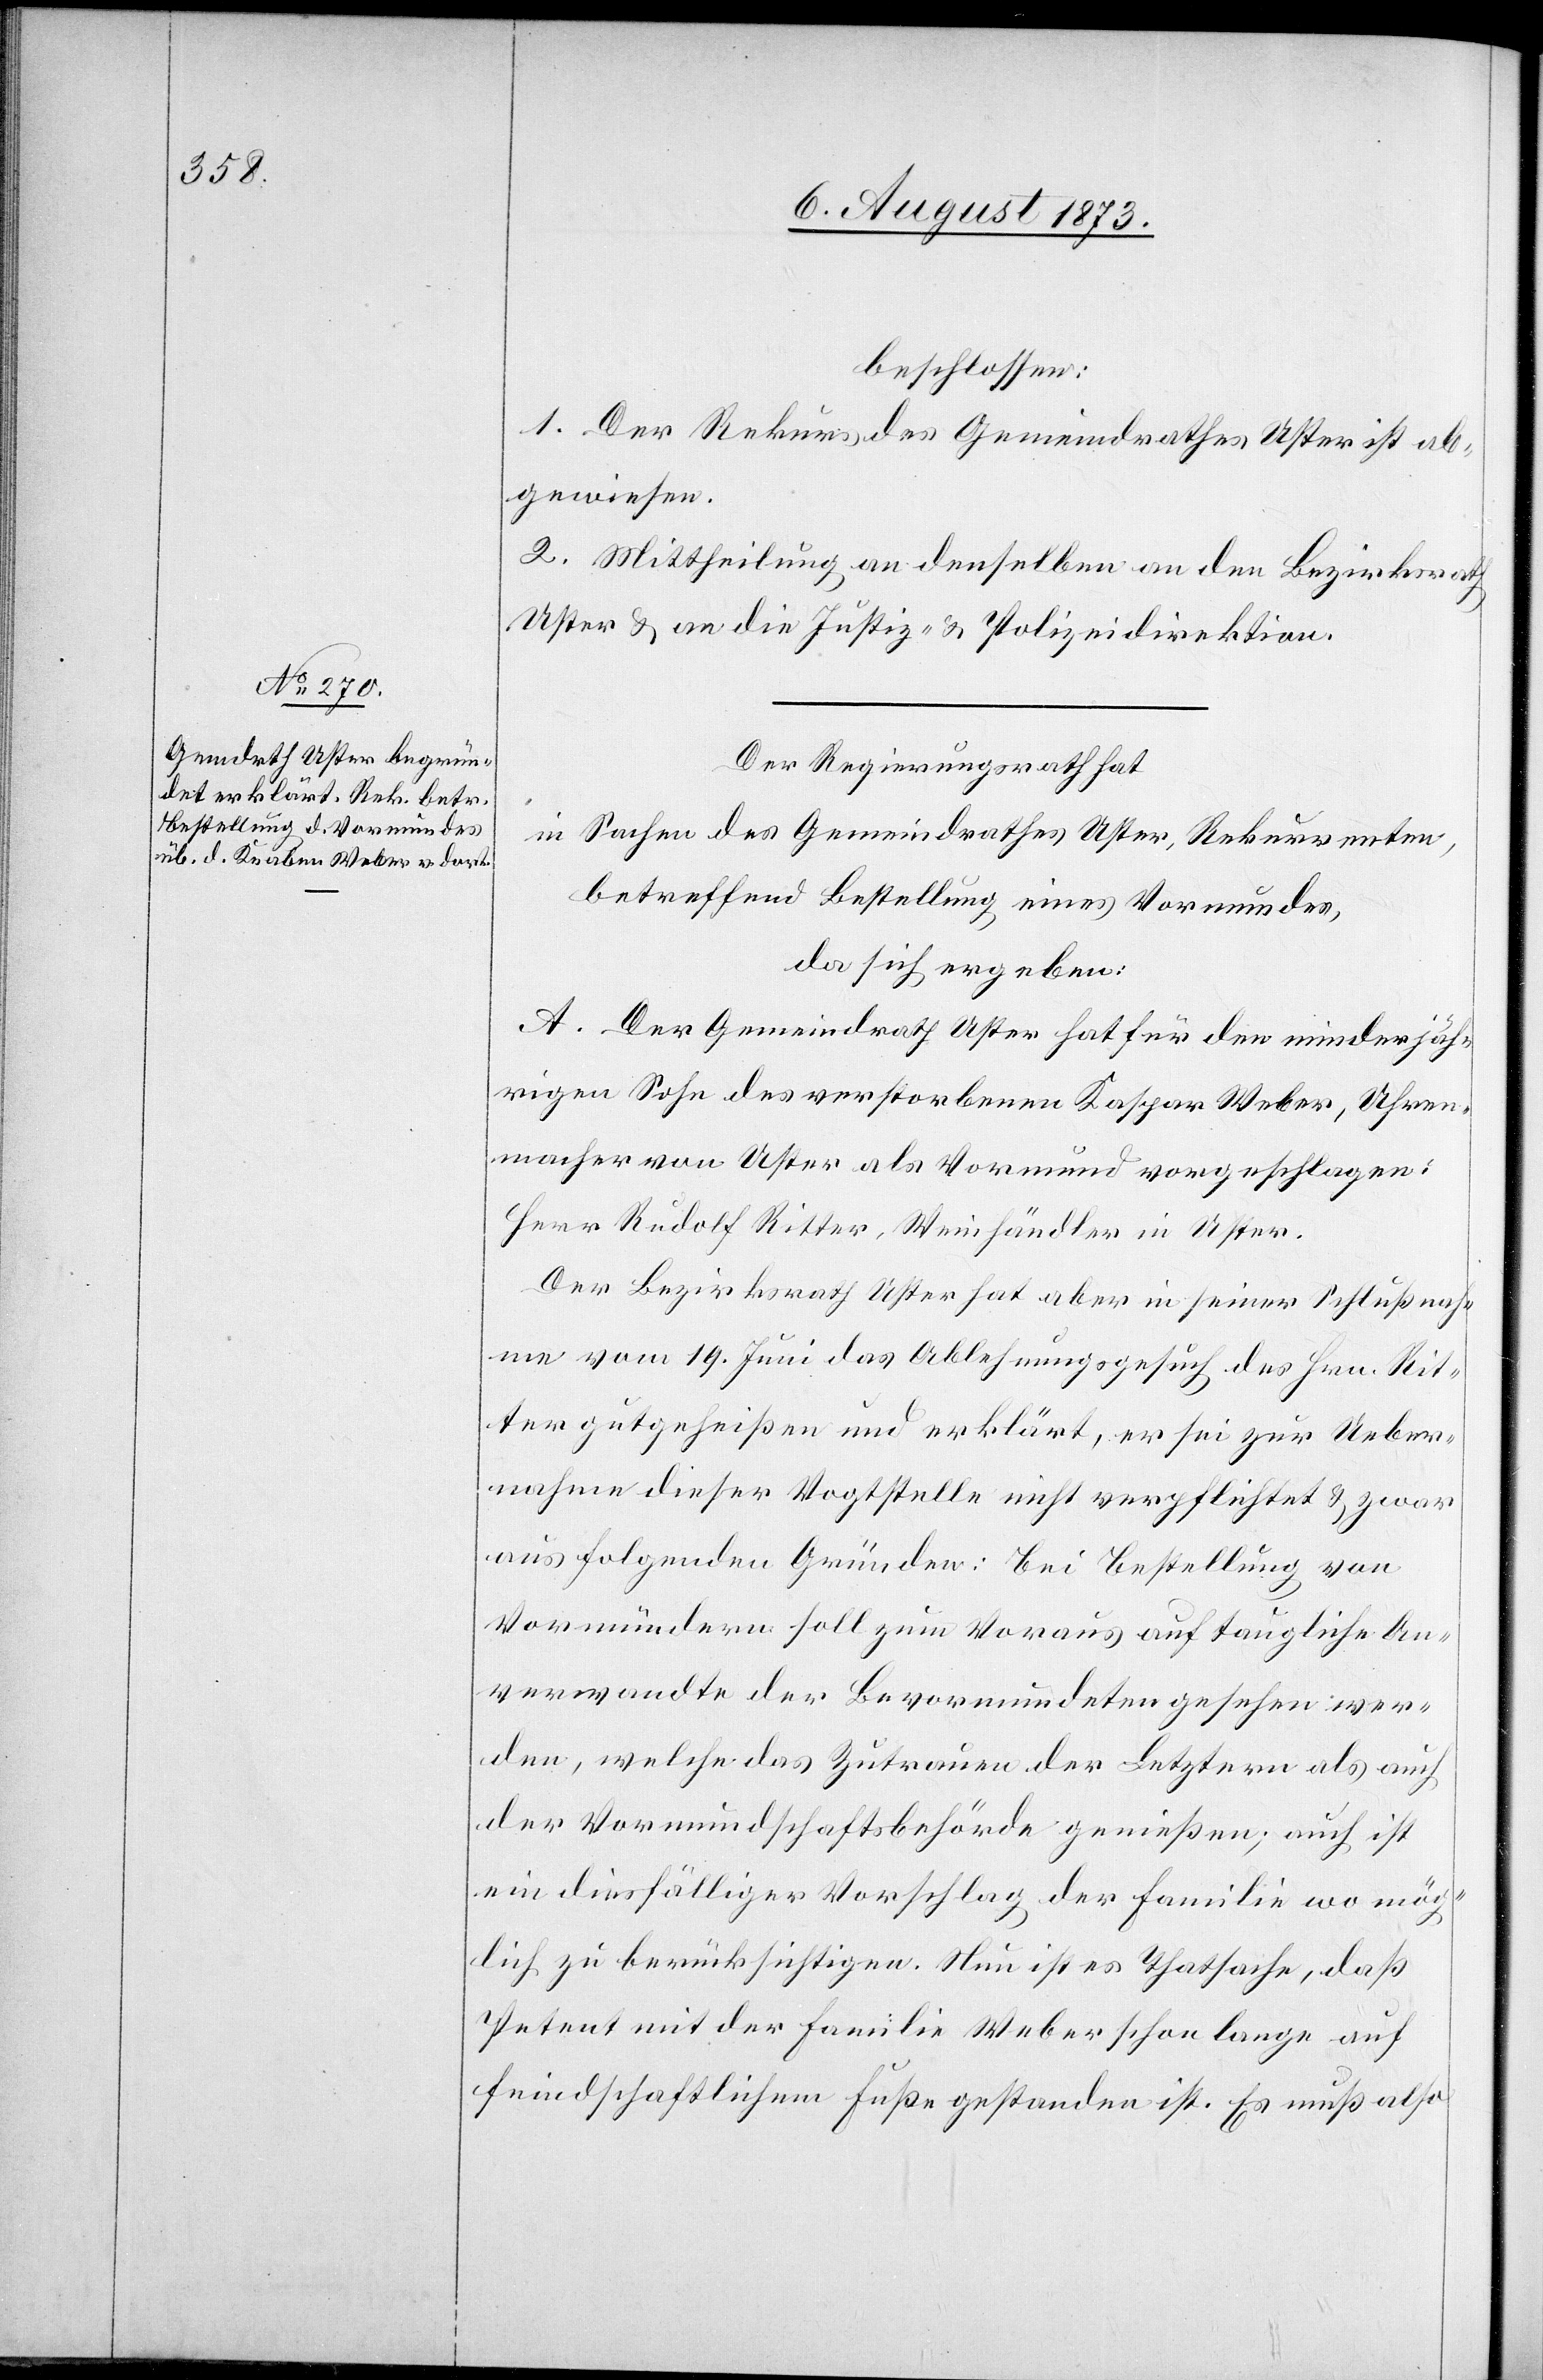
beschlossen:
1. Der Rekurs des Gemeindrathes Uster ist ab¬
gewiesen.
2. Mittheilung an denselben an den Bezirksrath
Uster & an die Justiz- & Polizeidirektion.
Der Regierungsrath hat
in Sachen des Gemeindrathes Uster, Rekurrenten,
betreffend Stellung eines Vormundes,
da sich ergeben:
A. Der Gemeindrath Uster hat für den minderjäh¬
rigen Sohn des verstorbenen Kaspar Weber, Uhren¬
macher von Uster als Vormund vorgeschlagen:
Herr Rudolf Ritter, Weinhändler in Uster.
Der Bezirksrath Uster hat aber in seiner Schlußnah¬
me vom 19. Juni das Ablehnungsgesuch des Hrn. Rit¬
ter gutgeheißen und erklärt, er sei zur Ueber¬
nahme dieser Vogtstelle nicht verpflichtet & zwar
aus folgenden Gründen: Bei Bestellung von
Vormündern soll zum Voraus auf taugliche An¬
verwandte der Bevormundeten gesehen wer¬
den, welche das Zutrauen der Letztern als auch
der Vormundschaftsbehörde genießen; auch ist
ein diesfälliger Vorschlag der Familie wo mög¬
lich zu berücksichtigen. Nun ist es Thatsache, daß
Petent mit der Familie Weber schon lange auf
feindschaftlichem Fuße gestanden ist. Es muß also